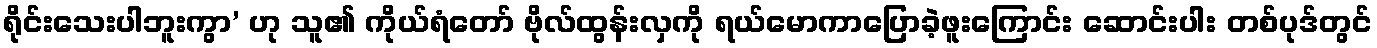
ရိုင်းသေးပါဘူးကွာ’ ဟု သူ၏ ကိုယ်ရံတော် ဗိုလ်ထွန်းလှကို ရယ်မောကာပြောခဲ့ဖူးကြောင်း ဆောင်းပါး တစ်ပုဒ်တွင်